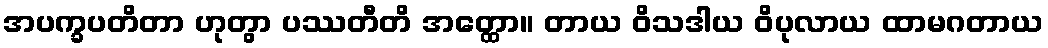
အပက္ခပတိတာ ဟုတွာ ပဿတီတိ အတ္ထော။ တာယ ဝိသဒါယ ဝိပုလာယ ထာမဂတာယ